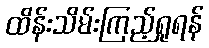
ထိန်းသိမ်းကြည့်ရှုရန်